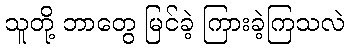
သူတို့ ဘာတွေ မြင်ခဲ့ ကြားခဲ့ကြသလဲ